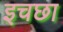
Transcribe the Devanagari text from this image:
इचछा